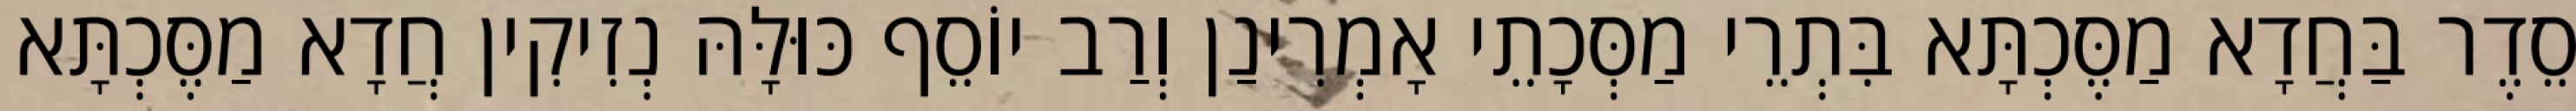
סֵדֶר בַּחֲדָא מַסֶּכְתָּא בִּתְרֵי מַסְּכָתֵי אָמְרִינַן וְרַב יוֹסֵף כּוּלָּהּ נְזִיקִין חֲדָא מַסֶּכְתָּא